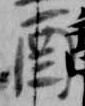
酉